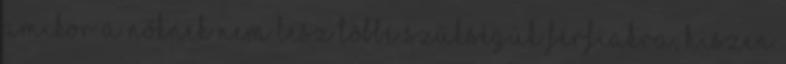
amikor a nőknek nem lesz többé szükségük férfiakra, hiszen